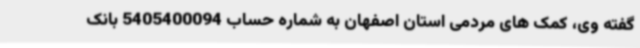
گفته وی، کمک های مردمی استان اصفهان به شماره حساب 5405400094 بانک